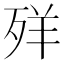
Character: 𦍙